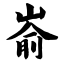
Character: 嵛